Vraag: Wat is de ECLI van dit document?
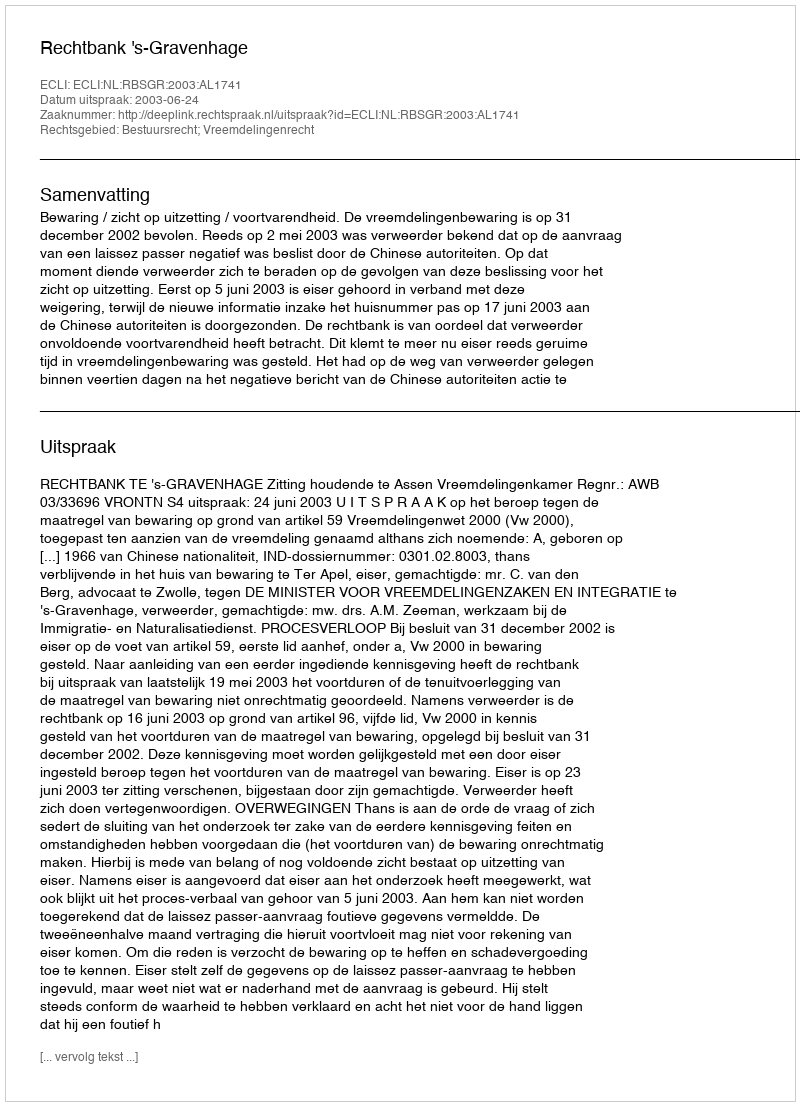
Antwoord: ECLI:NL:RBSGR:2003:AL1741